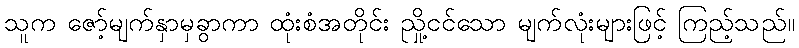
သူက ဇော့်မျက်နှာမှခွာကာ ထုံးစံအတိုင်း ညှို့ငင်သော မျက်လုံးများဖြင့် ကြည့်သည်။